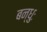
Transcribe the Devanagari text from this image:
बन्धुः